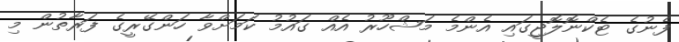
ފެނުގެ ޓެކްނޮލޮޖީގައި އެންމެ މަޝްހޫރު އެއް ގައުމު ކަމަށްވާ ހަންގޭރީގެ ފަރާތުން މި